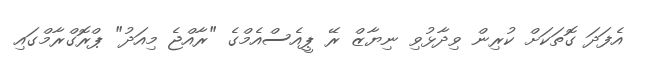
އެފަދަ ގޮތަކަށް ކުރިން ވިދާޅުވި ނިޔާޒް ރޭ ޕީއެސްއެމްގެ "ރާއްޖެ މިއަދު" ޕްރޮގްރާމްގައި